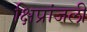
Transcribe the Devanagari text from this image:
क्षिप्रांजली